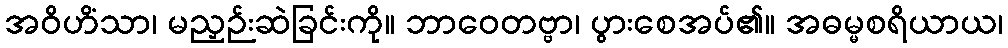
အဝိဟိံသာ၊ မညှဉ်းဆဲခြင်းကို။ ဘာဝေတဗ္ဗာ၊ ပွားစေအပ်၏။ အဓမ္မစရိယာယ၊